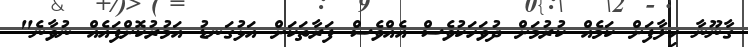
ގާނޫނާ ހިލާފަށް ކަމެއް ކުރުމަށް ދުވަހަކުވެސް އެއްވެސް ފަރާތަކަށް އަޅުގަނޑު އަމުރުކޮށްފައެއް ނުވާނެ"